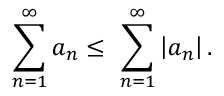
\sum _ { n = 1 } ^ { \infty } a _ { n } \leq \ \sum _ { n = 1 } ^ { \infty } \left| a _ { n } \right\vert .